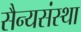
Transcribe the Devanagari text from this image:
सैन्यसंस्था